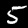
Digit: 5